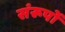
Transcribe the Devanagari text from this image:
संरूपों